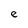
Character: e